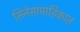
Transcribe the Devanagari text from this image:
सिनेसाप्ताहिकात